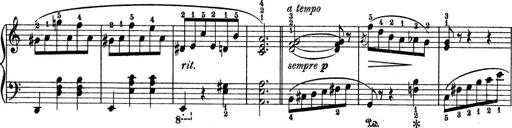
Title: 9 Sonatinen
Composer: Alexander Winterberger